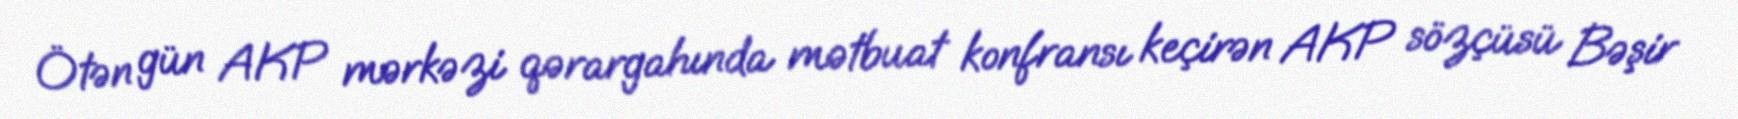
Ötən gün AKP mərkəzi qərargahında mətbuat konfransı keçirən AKP sözçüsü Bəşir